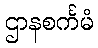
ဌာနစင်္ကမံ